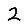
Digit: 2